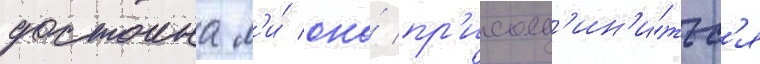
достоина л'и́ она́ пр'исоед'ин'и́тьс'я